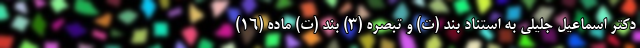
دکتر اسماعیل جلیلی به استناد بند (ت) و تبصره (3) بند (ت) ماده (16)